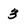
Character: 3